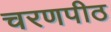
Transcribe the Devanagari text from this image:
चरणपीठ